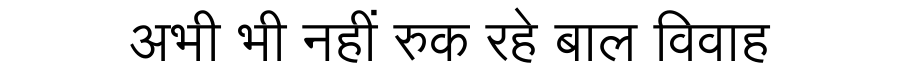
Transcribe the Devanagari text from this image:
अभी भी नहीं रुक रहे बाल विवाह